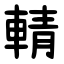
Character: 輤